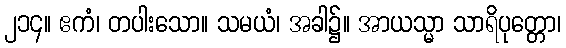
၂၁၄။ ဧကံ၊ တပါးသော။ သမယံ၊ အခါ၌။ အာယသ္မာ သာရိပုတ္တော၊